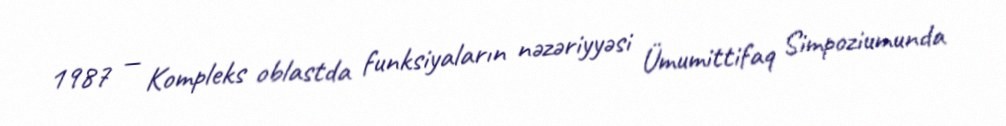
1987 — Kompleks oblastda funksiyaların nəzəriyyəsi Ümumittifaq Simpoziumunda